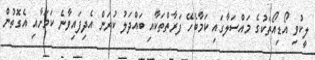
ލީކުވި އޯޑިއޯތަކުގެ މައްސަލާގައި ކަމާބެހޭ ފަރާތްތަކާއި ބައްދަލު ކުރަން އެދިފައިވާނެ ކަމަށާއި އެގޮތުން